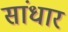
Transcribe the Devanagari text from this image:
सांधार